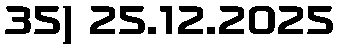
35) 25.12.2025